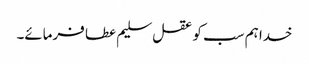
خدا ہم سب کو عقل سلیم عطا فرمائے۔